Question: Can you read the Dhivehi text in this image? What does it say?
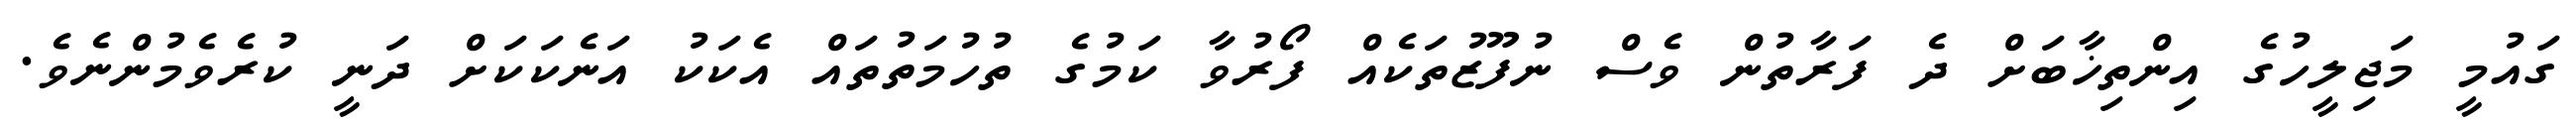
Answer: ގައުމީ މަޖިލީހުގެ އިންތިޚާބަށް ދެ ފަރާތުން ވެސް ނުފޫޒުތަކެއް ފޯރުވާ ކަމުގެ ތުހުމަތުތައް އެކަކު އަނެކަކަށް ދަނީ ކުރެވެމުންނެވެ.